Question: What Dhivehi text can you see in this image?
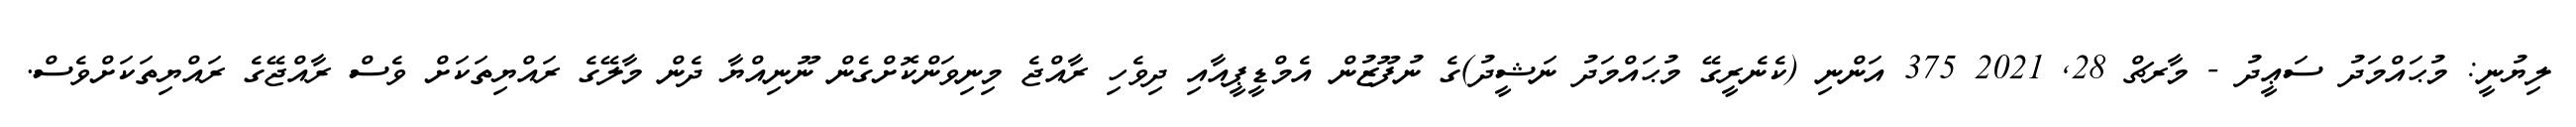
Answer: ލިޔުނީ: މުޙައްމަދު ސަޢީދު - މާރޗް 28, 2021 375 އަންނި (ކެނެރީގޭ މުޙައްމަދު ނަޝީދު)ގެ ނުފޫޒުން އެމްޑީޕީއާއި ދިވެހި ރާއްޖެ މިނިވަންކޮށްގެން ނޫނިއްޔާ ދެން މާލޭގެ ރައްޔިތަކަށް ވެސް ރާއްޖޭގެ ރައްޔިތަކަށްވެސް.